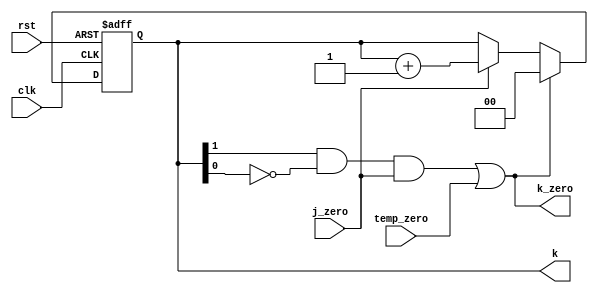
//we need k_counter to count 3 times(from 0 to 2) with each (j=2) then back to 0 and so on

module k_count_L1(k,k_zero,clk,rst,j_zero,temp_zero);
output reg [1:0] k;
output wire k_zero;
input clk,rst,j_zero,temp_zero;
always @ (posedge clk or negedge rst)
	begin
		if (!rst )
			begin k<=0;  end
		else if((k[1]&&!k[0] && j_zero)||temp_zero)
			k<=0;
		else if(j_zero)
			begin k<=k+2'b1;  end
	end
assign k_zero=k[1]&&!k[0]&& j_zero||temp_zero;

endmodule